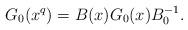
LaTeX: \begin{align*}G_0(x^q)=B(x)G_0(x)B_0^{-1}.\end{align*}